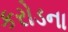
કરોડના